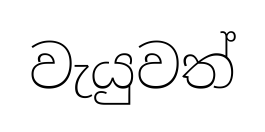
වැයුවත්